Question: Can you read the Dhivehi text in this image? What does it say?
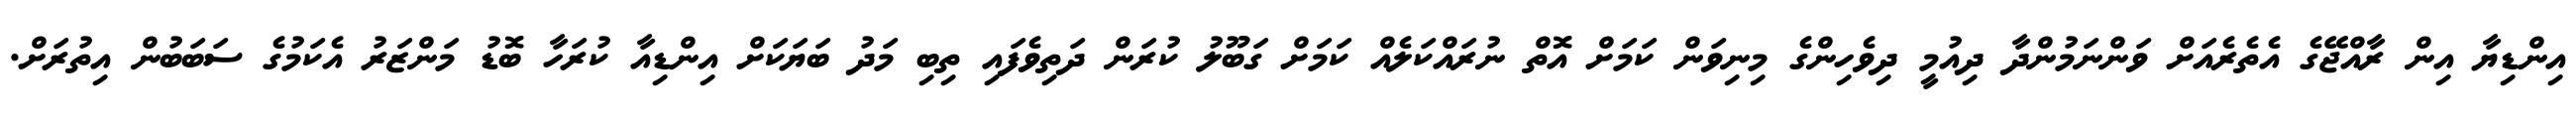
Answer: އިންޑިޔާ އިން ރާއްޖޭގެ އެތެރެއަށް ވަންނަމުންދާ ދިއުމީ ދިވެހިންގެ މިނިވަން ކަމަށް އޮތް ނުރައްކަލެއް ކަމަށް ގަބޫލު ކުރަން ދަތިވެފައި ތިބި މަދު ބަޔަކަށް އިންޑިއާ ކުރަހާ ބޮޑު މަންޒަރު އެކަމުގެ ސަބަބުން އިތުރަށް.